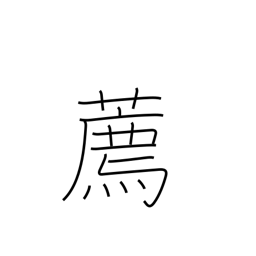
Meaning: encourage